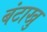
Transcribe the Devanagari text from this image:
बंटाखु